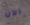
الآن